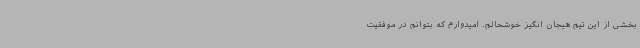
بخشی از این تیم هیجان انگیز خوشحالم. امیدوارم که بتوانم در موفقیت